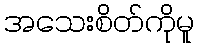
အသေးစိတ်ကိုမူ